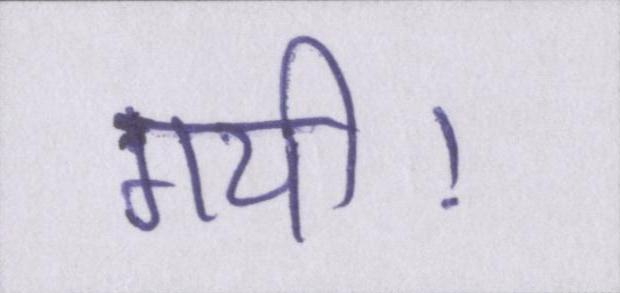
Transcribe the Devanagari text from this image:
गयी।